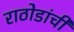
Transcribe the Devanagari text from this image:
राठोडांची